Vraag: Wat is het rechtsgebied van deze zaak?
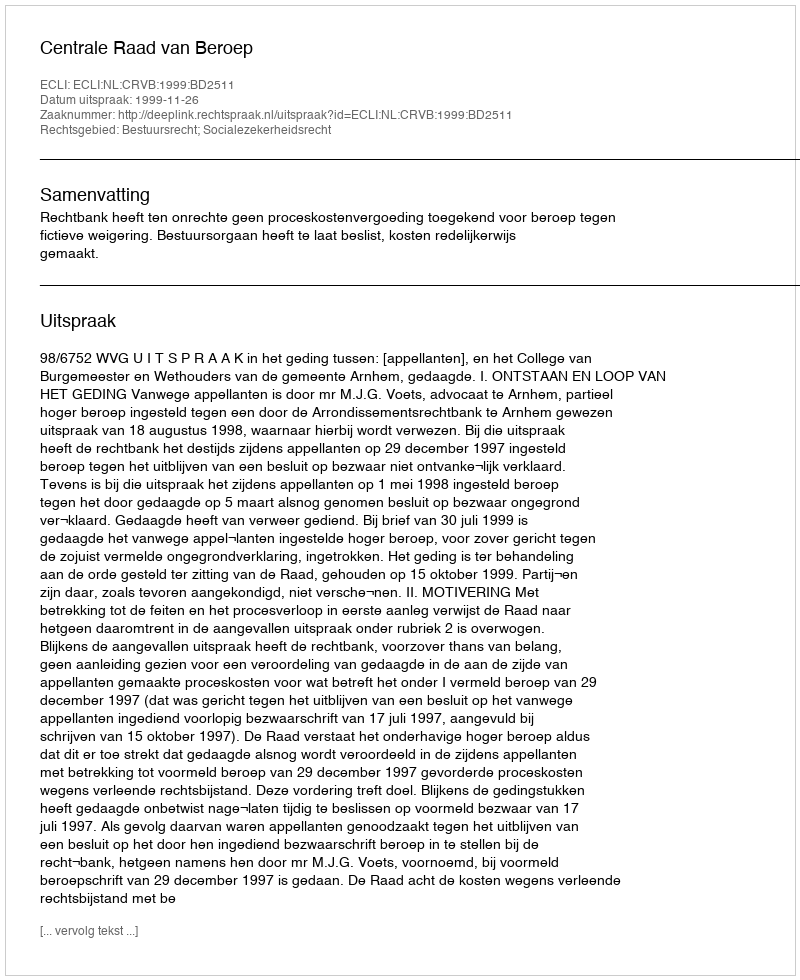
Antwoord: Bestuursrecht; Socialezekerheidsrecht